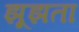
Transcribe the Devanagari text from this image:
झूझता